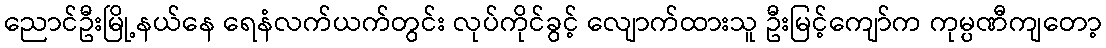
ညောင်ဦးမြို့နယ်နေ ရေနံလက်ယက်တွင်း လုပ်ကိုင်ခွင့် လျောက်ထားသူ ဦးမြင့်ကျော်က ကုမ္ပဏီကျတော့